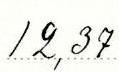
12,37